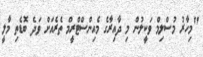
"މިހާރު މުސްލިމް ވަކީލުން މި ދާއިރާގެ މެއިންސްޓްރީމް ތެރެއަށް ވަދެ ބޮޑެތި މާލީ